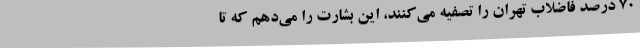
70 درصد فاضلاب تهران را تصفیه می‌کنند، این بشارت را می‌دهم‌ که تا